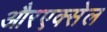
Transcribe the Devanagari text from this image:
औरएक्सेल